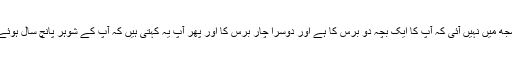
یہ بات میری سمجھ میں نہیں آئی کہ آپ کا ایک بچہ دو برس کا ہے اور دوسرا چار برس کا اور پھر آپ یہ کہتی ہیں کہ آپ کے شوہر پانچ سال ہوئے انتقال کر گئے۔